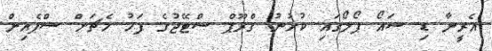
އެރީނާ ޑި ސައޯ ޕޯލޯގައި ކުޅުނު ގްރޫޕް ސްޓޭޖުގެ ފަހު މެޗަށް ސްޕެއިން